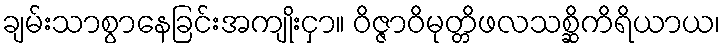
ချမ်းသာစွာနေခြင်းအကျိုးငှာ။ ဝိဇ္ဇာဝိမုတ္တိဖလသစ္ဆိကိရိယာယ၊